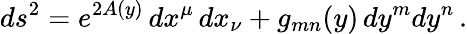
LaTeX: ds^{2}=e^{2A(y)}\, dx^{\mu}\, dx_{\nu}+g_{mn}(y)\, dy^{m}dy^{n}\, .